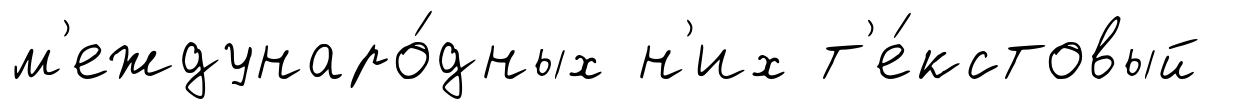
м'еждунаро́дных н'их т'е́кстовый